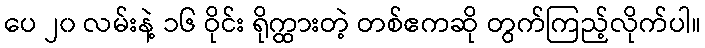
ပေ ၂၀ လမ်းနဲ့ ၁၆ ဝိုင်း ရိုက္ထားတဲ့ တစ်ဧကဆို တွက်ကြည့်လိုက်ပါ။